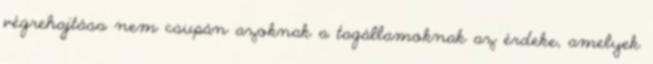
végrehajtása nem csupán azoknak a tagállamoknak az érdeke, amelyek